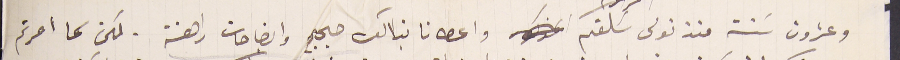
وعشرون سَنة منذ تولى سَلفكم واعطانا بذالك حجج وايضاحات راهنة. لكن كما امرتم